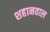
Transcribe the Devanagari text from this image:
शहानवाल